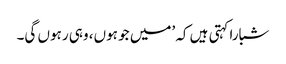
شبارا کہتی ہیں کہ ’میں جو ہوں، وہی رہوں گی۔